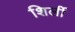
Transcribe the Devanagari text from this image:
शिर्ली